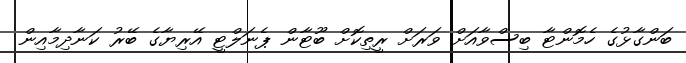
ބަންގާޅުގެ ހެމޮންޓާ ބިސްވާއަށް ވަރަށް ރީތިކޮށް ބޫޓާން ޕެނަލްޓީ އޭރިޔާގެ ބޭރު ކަނާދިމާއިން